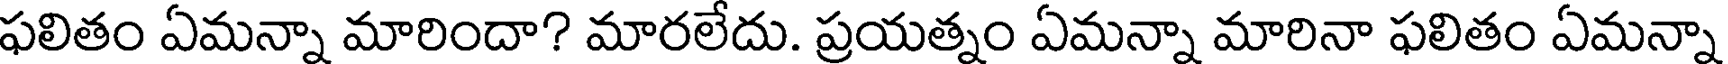
ఫలితం ఏమన్నా మారిందా? మారలేదు. ప్రయత్నం ఏమన్నా మారినా ఫలితం ఏమన్నా